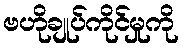
ဗဟိုချုပ်ကိုင်မှုကို